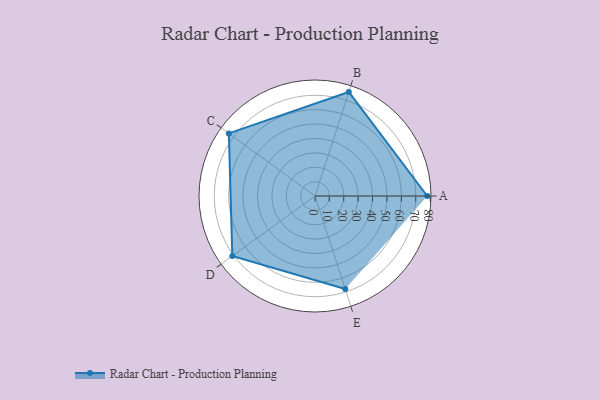
{"axis": {"x": "Skill", "y": "Score"}, "legend": ["Profile"], "data": [{"x": "A", "y": 78.0, "type": "Profile"}, {"x": "B", "y": 76.0, "type": "Profile"}, {"x": "C", "y": 74.0, "type": "Profile"}, {"x": "D", "y": 71.0, "type": "Profile"}, {"x": "E", "y": 68.0, "type": "Profile"}]}